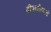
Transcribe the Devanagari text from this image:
दीपनौकाओं